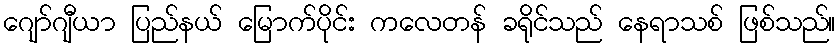
ဂျော်ဂျီယာ ပြည်နယ် မြောက်ပိုင်း ကလေတန် ခရိုင်သည် နေရာသစ် ဖြစ်သည်။